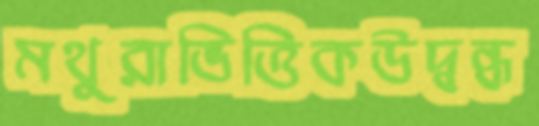
মথুরাভিত্তিকউদ্বন্ধ